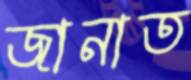
জানাত